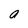
Character: a